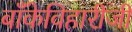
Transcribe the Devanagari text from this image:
बाँकेविहारीजी